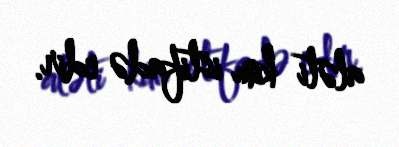
aləti kim istifadə edir.